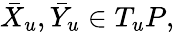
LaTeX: \bar{X}_{u},\bar{Y}_{u}\in T_{u}P,